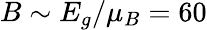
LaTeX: B\sim E_{g}/\mu_{B}=60